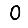
Digit: 0